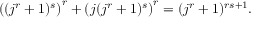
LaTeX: \left( ( j ^ { r } + 1 ) ^ { s } \right) ^ { r } + \left( j ( j ^ { r } + 1 ) ^ { s } \right) ^ { r } = ( j ^ { r } + 1 ) ^ { r s + 1 } .